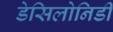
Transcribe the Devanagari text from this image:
डेसिलोनिडी